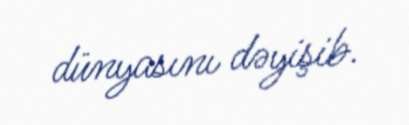
dünyasını dəyişib.